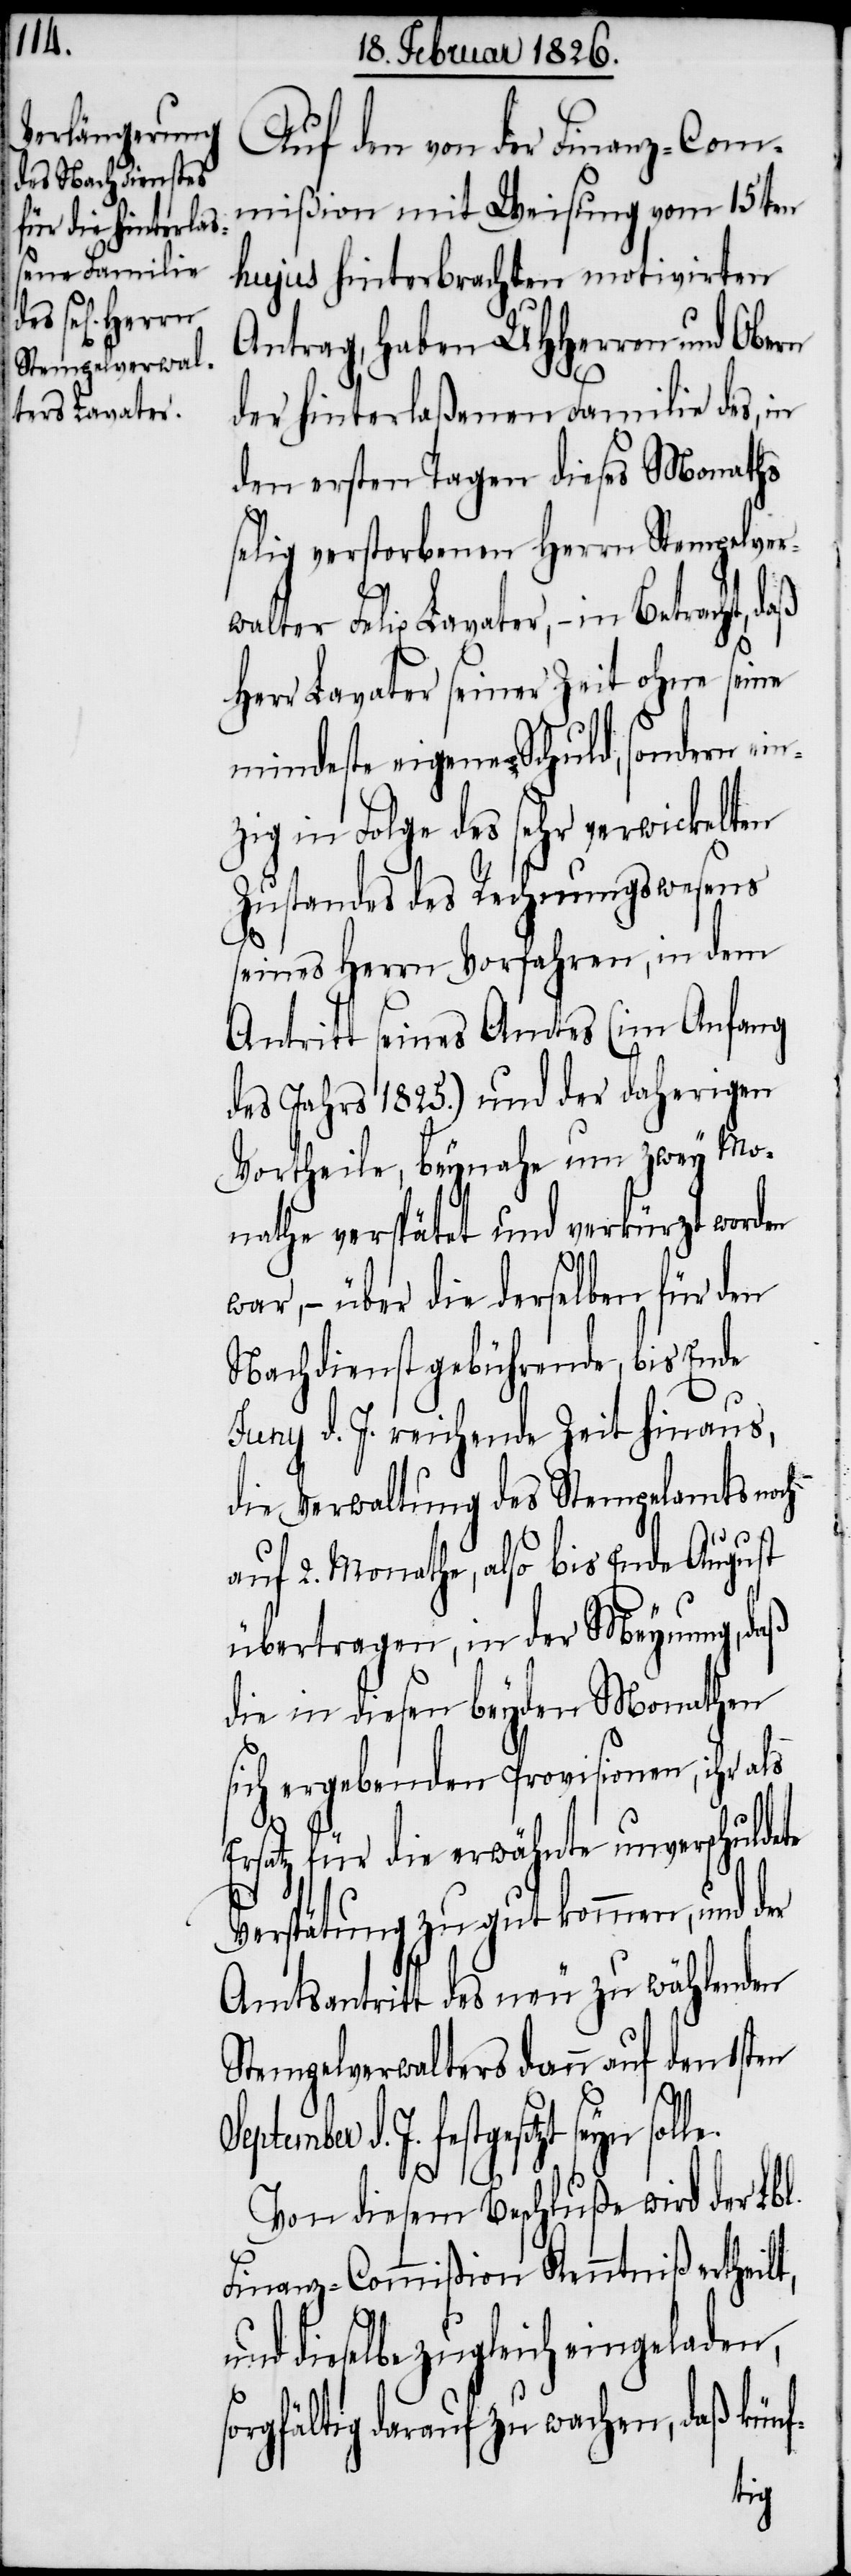
Auf den von der Finanz-Com¬
mißion mit Weisung vom 15ten
hujus hinterbrachten motivirten
Antrag, haben UHHerren und Obern
der hinterlaßenen Familie des, in
den ersten Tagen dieses Monaths
selig verstorbenen Herrn Stempelver¬
walter Felix Lavater, – in Betracht,
Herr Lavater seiner Zeit ohne seine
mindeste eigene Schuld, sondern ei¬
zig in Folge des sehr verwickelten
Zustandes des Rechnungswesens
seines Herrn Vorfahren, in dem
Antritt seines Amtes (im Anfang
des Jahres 1825.) und der daherigen
Vortheile, beynahe um zwey Mo¬
nathe verspätet und verkürzt worden
war, – über die derselben für den
Nachdienst gebührende, bis Ende
Juny d. J. reichende Zeit hinaus,
die Verwaltung des Stempelamts noch
auf 2. Monathe, also bis Ende August
übertragen, in der Meynung, daß
die in diesen beyden Monathen
sich ergebenden Provisionen, ihr als
rsatz für die erwähnte unverschuldete
Verspätung zu gut kommen, und der
Amtsantritt des neu zu wählenden
Stempelverwalters dann auf den 1sten
Sept¬
ember d. J. festgesetzt seyn sol¬
le.
Von diesem Beschluße wird der Lbl.
Finanz-Commißion Kenntniß ertheilt,
dieselbe zugleich eingeladen,
orgfältig darauf zu wachen, daß künf-
s¬